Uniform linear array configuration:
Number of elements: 8
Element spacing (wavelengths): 1
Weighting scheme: binomial
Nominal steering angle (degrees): -30
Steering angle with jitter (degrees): -30.246
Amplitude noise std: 0.05
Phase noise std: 0.05

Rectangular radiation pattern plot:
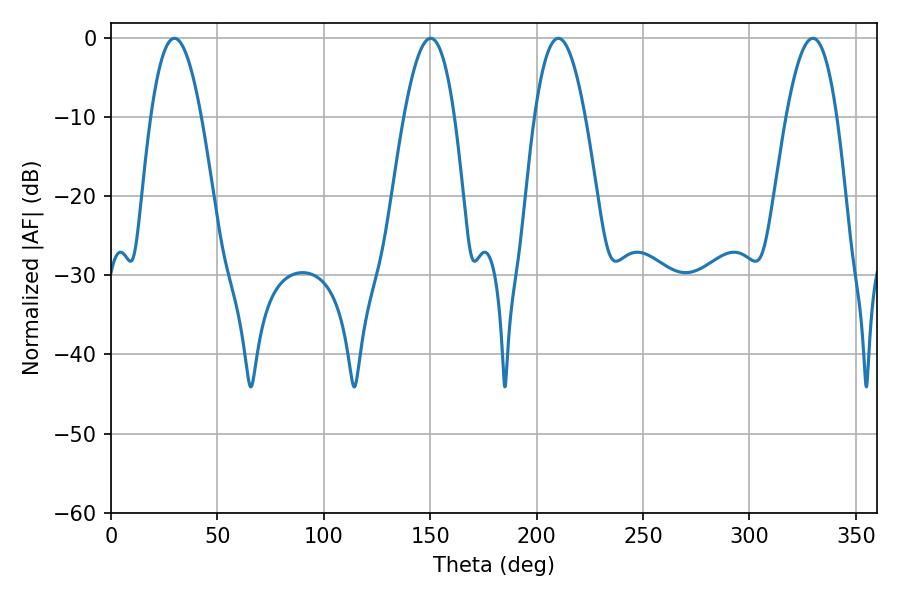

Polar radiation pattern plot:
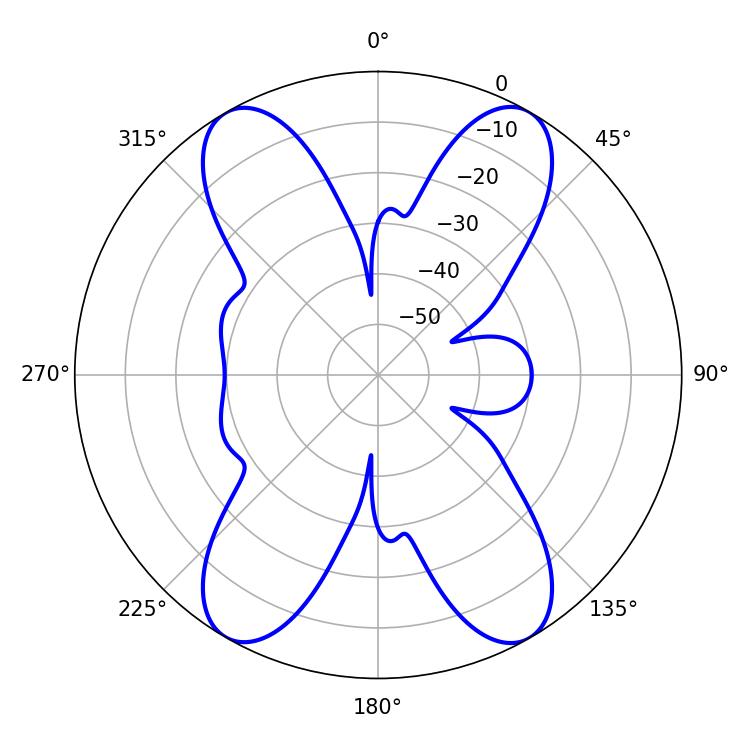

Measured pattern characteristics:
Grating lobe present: TRUE
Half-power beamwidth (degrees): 12.96
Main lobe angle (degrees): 210.24